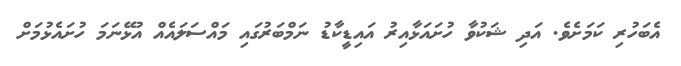
އެބަހުރި ކަމަށެވެ. އަދި ޝަކުވާ ހުށައަޅާއިރު އައިޑީކާޑު ނަމްބަރުގައި މައްސަލައެއް އުޅޭނަމަ ހުށައެޅުމަށް